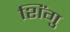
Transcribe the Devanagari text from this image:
शिंगु